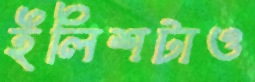
ইলিশটাও